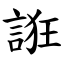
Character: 誑